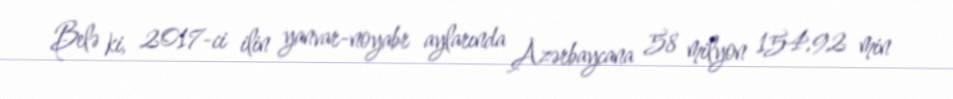
Belə ki, 2017-ci ilin yanvar-noyabr aylarında Azərbaycana 58 milyon 154.92 min